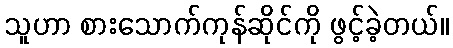
သူဟာ စားသောက်ကုန်ဆိုင်ကို ဖွင့်ခဲ့တယ်။